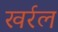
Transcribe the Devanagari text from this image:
खर्रल